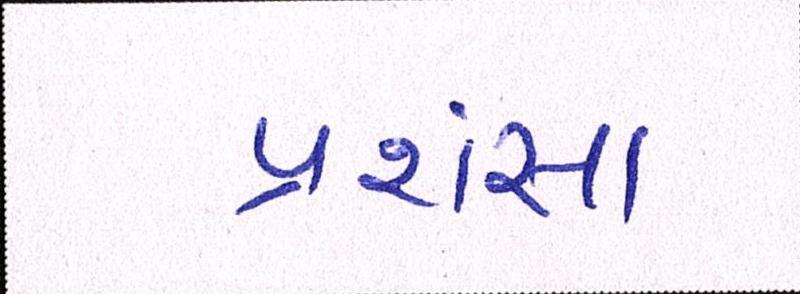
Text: પ્રશંસા